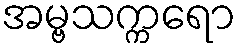
အမ္ဗသက္ကရော